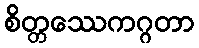
စိတ္တဿေကဂ္ဂတာ